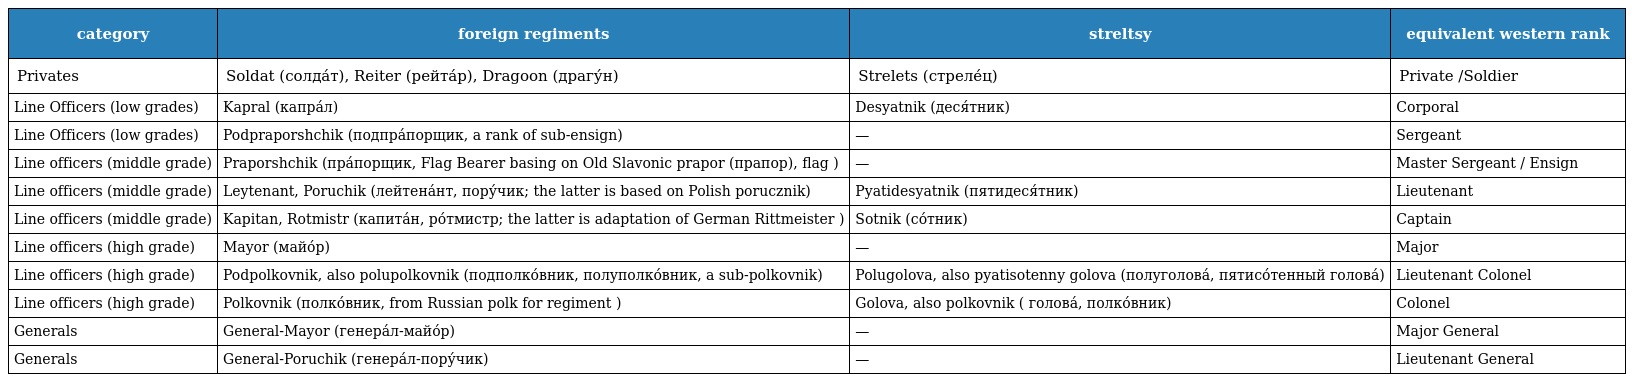
| category | foreign regiments | streltsy | equivalent western rank |
 | --- | --- | --- | --- |
 | Privates | Soldat (солда́т), Reiter (рейта́р), Dragoon (драгу́н) | Strelets (стреле́ц) | Private /Soldier |
 | Line Officers (low grades) | Kapral (капра́л) | Desyatnik (деся́тник) | Corporal |
 | Line Officers (low grades) | Podpraporshchik (подпра́порщик, a rank of sub-ensign) | — | Sergeant |
 | Line officers (middle grade) | Praporshchik (пра́порщик, Flag Bearer basing on Old Slavonic prapor (прапор), flag ) | — | Master Sergeant / Ensign |
 | Line officers (middle grade) | Leytenant, Poruchik (лейтена́нт, пору́чик; the latter is based on Polish porucznik) | Pyatidesyatnik (пятидеся́тник) | Lieutenant |
 | Line officers (middle grade) | Kapitan, Rotmistr (капита́н, ро́тмистр; the latter is adaptation of German Rittmeister ) | Sotnik (со́тник) | Captain |
 | Line officers (high grade) | Mayor (майо́р) | — | Major |
 | Line officers (high grade) | Podpolkovnik, also polupolkovnik (подполко́вник, полуполко́вник, a sub-polkovnik) | Polugolova, also pyatisotenny golova (полуголова́, пятисо́тенный голова́) | Lieutenant Colonel |
 | Line officers (high grade) | Polkovnik (полко́вник, from Russian polk for regiment ) | Golova, also polkovnik ( голова́, полко́вник) | Colonel |
 | Generals | General-Mayor (генера́л-майо́р) | — | Major General |
 | Generals | General-Poruchik (генера́л-пору́чик) | — | Lieutenant General |